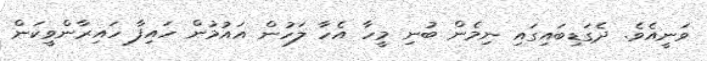
ވަނީއެވެ. ދެގަޑިބައިގައި ނިމެން ބުނި މީހާ އެހާ ލަހުން އައުމުން ހައިފާ ހައިރާންވީކަން